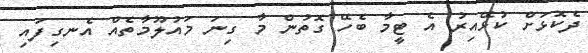
ދެކޮޅަށް ކުޅޭއިރު އެ ޓީމާ ބެހޭ ގޮތުން މާ ގިނަ މައުލޫމާތެއް އެނގިފައި